Scottish Certificate of Education, 1963
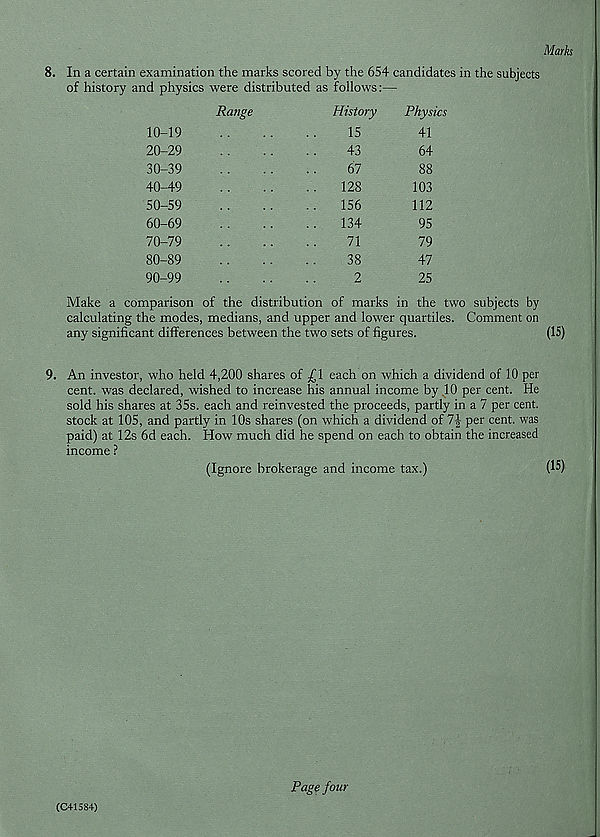
Marks
8. In a certain examination the marks scored by the 654 candidates in the subjects
of history and physics were distributed as follows:—
10-19
20-29
30-39
40-49
50-59
60-69
70-79
80-89
90-99
Range
History
15
43
67
128
156
134
71
38
2
Physics
41
64
88
103
112
95
79
47
25
Make a comparison of the distribution of marks in the two subjects by
calculating the modes, medians, and upper and lower quartiles. Comment on
any significant differences between the two sets of figures.
(15)
9. An investor, who held 4,200 shares of £1 each on which a dividend of 10 per
cent, was declared, wished to increase his annual income by .10 per cent. He
sold his shares at 35s. each and reinvested the proceeds, partly in a 7 per cent,
stock at 105, and partly in 10s shares (on which a dividend of per cent, was
paid) at 12s 6d each. How much did he spend on each to obtain the increased
income ?
(Ignore brokerage and income tax.)
(15)
(C415S4)
Page four